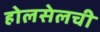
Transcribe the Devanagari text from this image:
होलसेलची